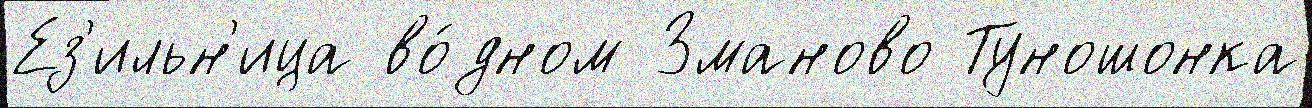
Ез'ильн'ица во́дном Зманово Туношонка